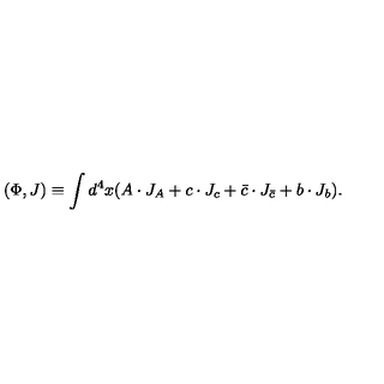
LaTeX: ( \Phi , J ) \equiv \int d ^ { 4 } x ( A \cdot J _ { A } + c \cdot J _ { c } + \bar { c } \cdot J _ { \bar { c } } + b \cdot J _ { b } ) .